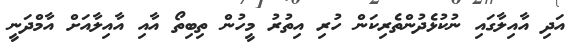
އަދި އާއިލާގައި ނުކުޅެދުންތެރިކަން ހުރި އިތުރު މީހުން ތިބިތޯ އާއި އާއިލާއަށް އާމްދަނީ